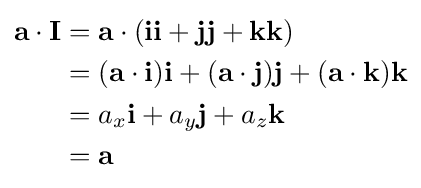
{\begin{aligned}\mathbf {a} \cdot \mathbf {I} &=\mathbf {a} \cdot (\mathbf {i} \mathbf {i} +\mathbf {j} \mathbf {j} +\mathbf {k} \mathbf {k} )\\&=(\mathbf {a} \cdot \mathbf {i} )\mathbf {i} +(\mathbf {a} \cdot \mathbf {j} )\mathbf {j} +(\mathbf {a} \cdot \mathbf {k} )\mathbf {k} \\&=a_{x}\mathbf {i} +a_{y}\mathbf {j} +a_{z}\mathbf {k} \\&=\mathbf {a} \end{aligned}}